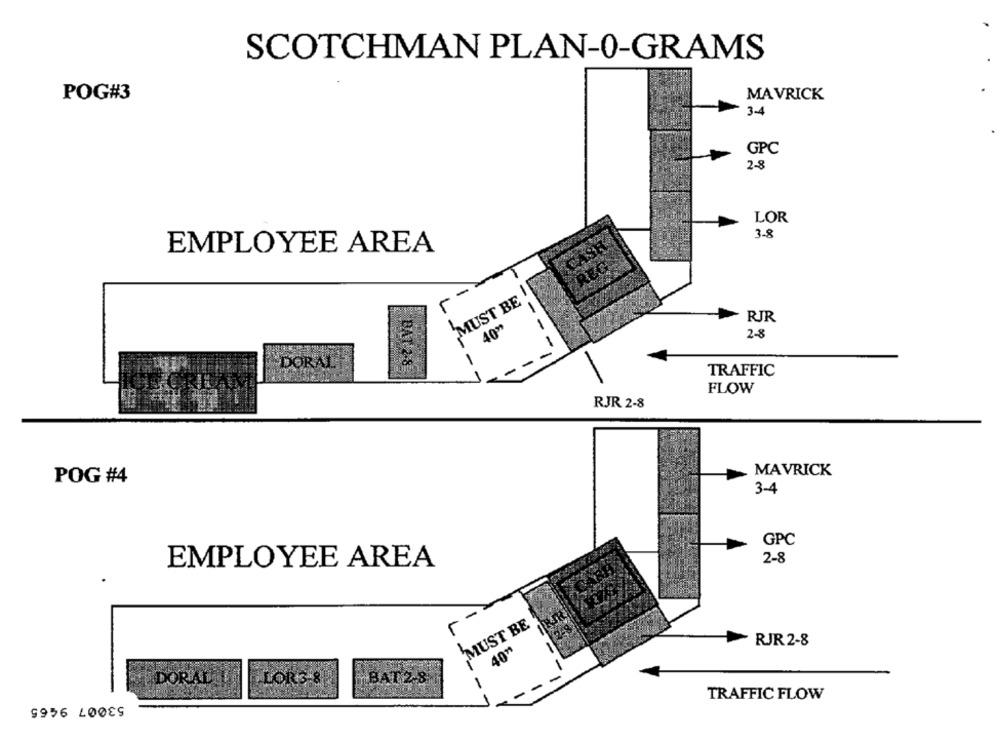
SCOTCHMAN PLAN-0-GRAMS
POG#3
MAVRICK
3-4
GPC
2-8
LOR
3-8
CASE
EMPLOYEE AREA
REG
MUST BE
RJR
40"
2-8
-
DORAL
BAT-2-8
TRAFFIC
FLOW
RJR 2-8
MAVRICK
POG #4
3-4
GPC
EMPLOYEE AREA
2-8
--
MUST BE
RJR2-8
40"
LORS 8
BAT2-8
DORALEL
-
TRAFFIC FLOW
$956 40089